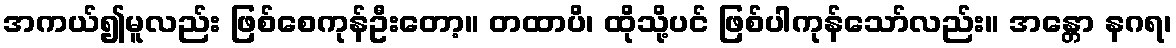
အကယ်၍မူလည်း ဖြစ်စေကုန်ဦးတော့။ တထာပိ၊ ထိုသို့ပင် ဖြစ်ပါကုန်သော်လည်း။ အန္တော နဂရ၊